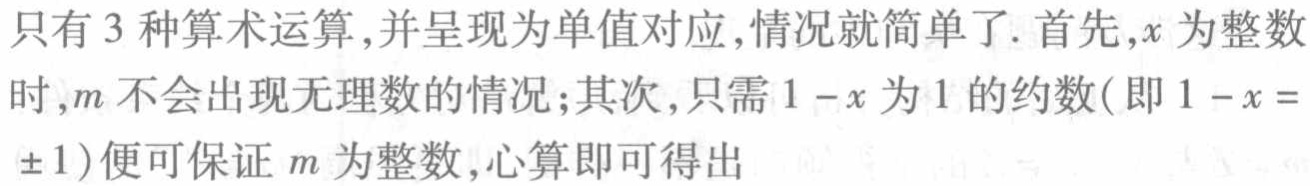
只有3种算术运算,并呈现为单值对应,情况就简单了. 首先,$x$为整数时,$m$不会出现无理数的情况;其次,只需$1 - x$为$1$的约数(即$1 - x = \pm 1$)便可保证$m$为整数,心算即可得出